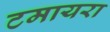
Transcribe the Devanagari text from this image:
टमायरा